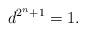
LaTeX: \begin{align*} & d^{2^n+1} = 1. \end{align*}